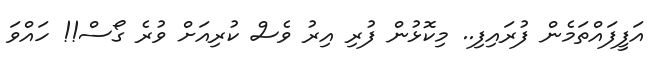
އަފީފައްތަމެން ފުރައިފި.. މިކޮޅުން ފުރި އިރު ވެސް ކުރިއަށް ވުރެ ގޯސް!! ހައްވަ